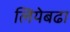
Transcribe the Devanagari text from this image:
लियेबढा